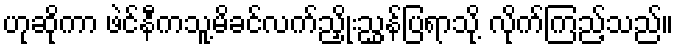
ဟုဆိုကာ ဖဲင်နီကသူ့မိခင်လက်ညှိုးညွှန်ပြရာသို့ လိုက်ကြည့်သည်။